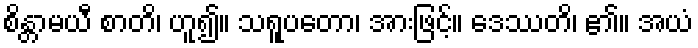
စိန္တာမယီ စာတိ၊ ဟူ၍။ သရူပတော၊ အားဖြင့်။ ဒေဿတိ၊ ၏။ အယံ